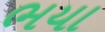
ભયા